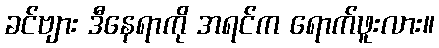
ခင်ဗျား ဒီနေရာကို အရင်က ရောက်ဖူးလား။